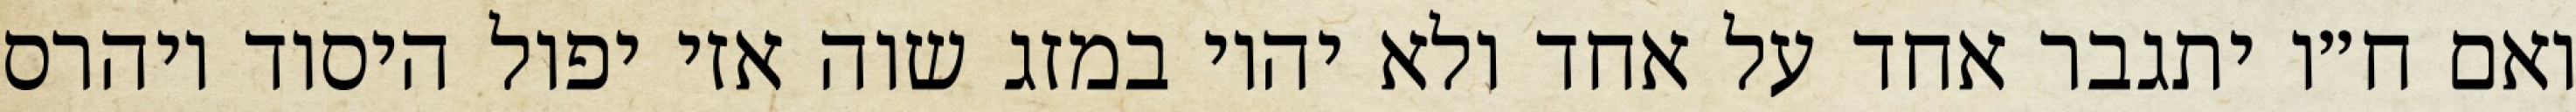
ואם ח״ו יתגבר אחד על אחד ולא יהיו במזג שוה אזי יפול היסוד ויהרס